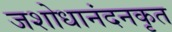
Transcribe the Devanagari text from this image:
जशोधानंदनकृत